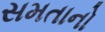
સમતાનો